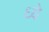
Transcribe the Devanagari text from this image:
ध्ये